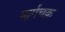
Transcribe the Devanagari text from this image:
मार्गचक्र